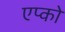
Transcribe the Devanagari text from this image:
एप्को